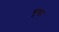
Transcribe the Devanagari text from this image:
चूण्डा